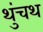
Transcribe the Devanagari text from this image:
थुंचथ